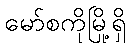
မော်စကိုမြို့ရှိ